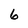
Character: 6